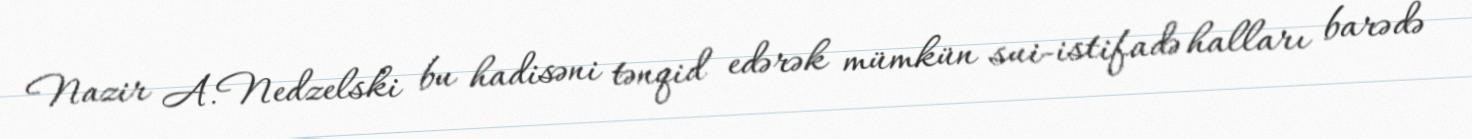
Nazir A.Nedzelski bu hadisəni tənqid edərək mümkün sui-istifadə halları barədə